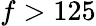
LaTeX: f>125